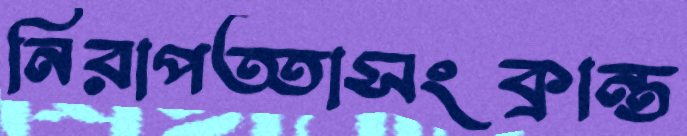
নিরাপত্তাসংক্রান্ত